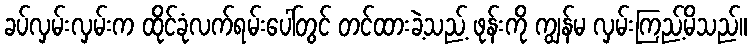
ခပ်လှမ်းလှမ်းက ထိုင်ခုံလက်ရမ်းပေါ်တွင် တင်ထားခဲ့သည့် ဖုန်းကို ကျွန်မ လှမ်းကြည့်မိသည်။